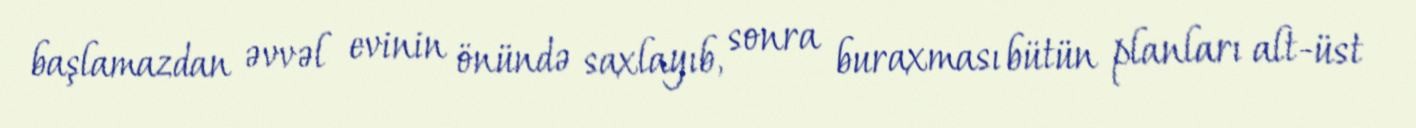
başlamazdan əvvəl evinin önündə saxlayıb, sonra buraxması bütün planları alt-üst